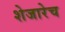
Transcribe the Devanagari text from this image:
शेजारेच